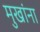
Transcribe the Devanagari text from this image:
मुखांना